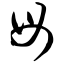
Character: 毋